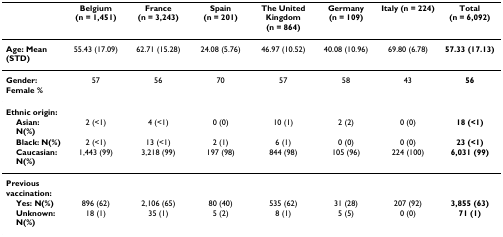
<table><thead><tr><td></td><td><b>Belgium (n = 1,451)</b></td><td><b>France (n = 3,243)</b></td><td><b>Spain (n = 201)</b></td><td><b>The United Kingdom (n = 864)</b></td><td><b>Germany (n = 109)</b></td><td><b>Italy (n = 224)</b></td><td><b>Total (n = 6,092)</b></td></tr></thead><tbody><tr><td><b>Age: Mean (STD)</b></td><td>55.43 (17.09)</td><td>62.71 (15.28)</td><td>24.08 (5.76)</td><td>46.97 (10.52)</td><td>40.08 (10.96)</td><td>69.80 (6.78)</td><td><b>57.33 (17.13)</b></td></tr><tr><td><b>Gender: Female %</b></td><td>57</td><td>56</td><td>70</td><td>57</td><td>58</td><td>43</td><td><b>56</b></td></tr><tr><td><b>Ethnic origin:</b></td><td></td><td></td><td></td><td></td><td></td><td></td><td></td></tr><tr><td> <b>Asian: N(%)</b></td><td>2 (&lt;1)</td><td>4 (&lt;1)</td><td>0 (0)</td><td>10 (1)</td><td>2 (2)</td><td>0 (0)</td><td><b>18 (&lt;1)</b></td></tr><tr><td> <b>Black: N(%)</b></td><td>2 (&lt;1)</td><td>13 (&lt;1)</td><td>2 (1)</td><td>6 (1)</td><td>0 (0)</td><td>0 (0)</td><td><b>23 (&lt;1)</b></td></tr><tr><td> <b>Caucasian: N(%)</b></td><td>1,443 (99)</td><td>3,218 (99)</td><td>197 (98)</td><td>844 (98)</td><td>105 (96)</td><td>224 (100)</td><td><b>6,031 (99)</b></td></tr><tr><td><b>Previous vaccination:</b></td><td></td><td></td><td></td><td></td><td></td><td></td><td></td></tr><tr><td> <b>Yes: N(%)</b></td><td>896 (62)</td><td>2,106 (65)</td><td>80 (40)</td><td>535 (62)</td><td>31 (28)</td><td>207 (92)</td><td><b>3,855 (63)</b></td></tr><tr><td> <b>Unknown: N(%)</b></td><td>18 (1)</td><td>35 (1)</td><td>5 (2)</td><td>8 (1)</td><td>5 (5)</td><td>0 (0)</td><td><b>71 (1)</b></td></tr></tbody></table>